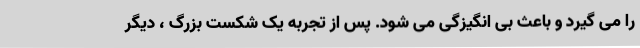
را می گیرد و باعث بی انگیزگی می شود. پس از تجربه یک شکست بزرگ ، دیگر